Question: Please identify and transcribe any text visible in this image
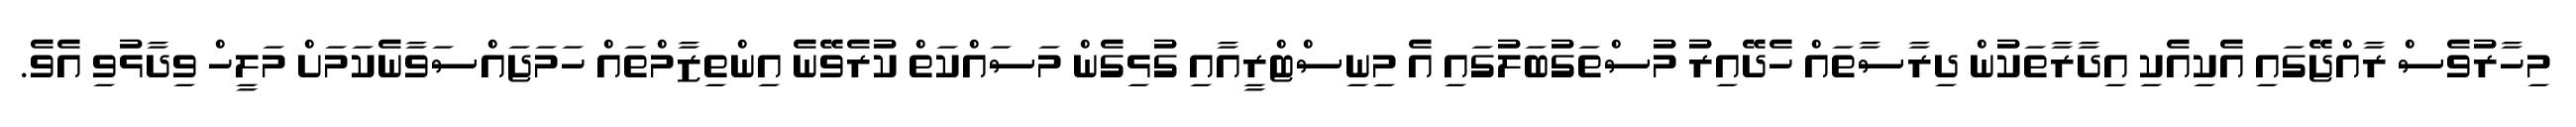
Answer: މިހާރުވެސް ރާއްޖޭގައި އެކިއެކި އިދާރާތަކުން ދިރާސާތައް ހެދޭއިރު މުސްތަގުބަލުގައި އެ މިނިސްޓްރީއާއި ގުޅިގެން މަސައްކަތް ކުރެވޭނެ އިންތިޒާމްތައް ހަމަޖައްސަވާނެކަމަށް މަލީހް ވިދާޅުވި އެވެ.